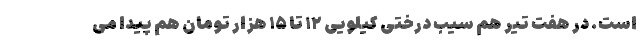
است. در هفت تیر هم سیب درختی کیلویی ۱۲ تا ۱۵ هزار تومان هم پیدا می